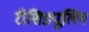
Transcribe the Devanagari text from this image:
रीशिड्यूलिंग